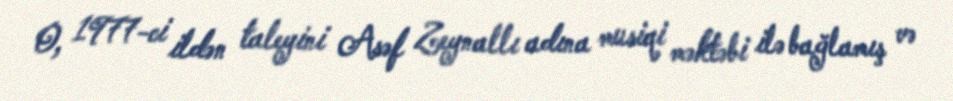
O, 1977-ci ildən taleyini Asəf Zeynallı adına musiqi məktəbi ilə bağlamış və